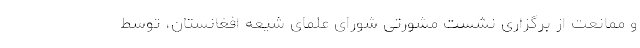
و ممانعت از برگزاری نشست مشورتی شورای علمای شیعه افغانستان، توسط